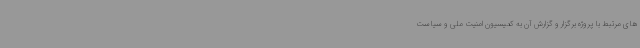
های مرتبط با پروژه برگزار و گزارش آن به کمیسیون امنیت ملی و سیاست